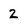
Character: 2